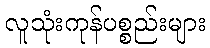
လူသုံးကုန်ပစ္စည်းများ